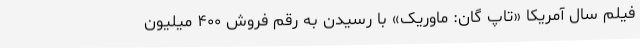
فیلم سال آمریکا «تاپ گان: ماوریک» با رسیدن به رقم فروش ۴۰۰ میلیون